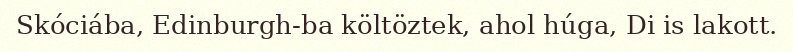
Skóciába, Edinburgh-ba költöztek, ahol húga, Di is lakott.